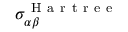
\sigma _ { \alpha \beta } ^ { \mathrm { ~ H ~ a ~ r ~ t ~ r ~ e ~ e ~ } }